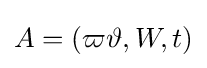
A=(\varpi \vartheta ,W,t)